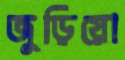
জুড়িয়ো